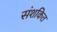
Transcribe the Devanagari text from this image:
संशकित